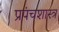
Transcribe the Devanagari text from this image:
प्रपंचशास्त्र